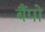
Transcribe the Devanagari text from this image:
बैंपो